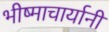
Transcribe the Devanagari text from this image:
भीष्माचार्यानी